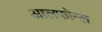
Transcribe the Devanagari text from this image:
आलफोन्ल